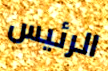
الرئيس